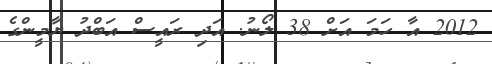
2012 އާ ހަމަ އަށް 38 ލޯނު. އަދި ރައީސް އަބްދު ޔާމީންގެ